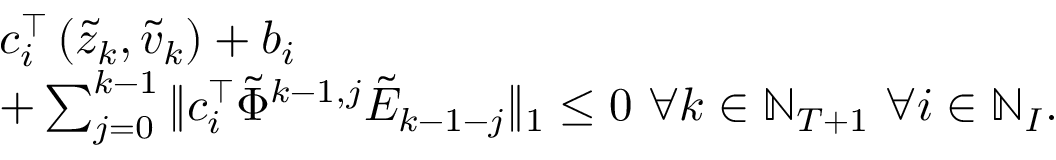
\begin{array} { r l } & { c _ { i } ^ { \top } \left( \tilde { z } _ { k } , \tilde { v } _ { k } \right) + b _ { i } } \\ & { + \sum _ { j = 0 } ^ { k - 1 } \| c _ { i } ^ { \top } \tilde { \Phi } ^ { k - 1 , j } \tilde { E } _ { k - 1 - j } \| _ { 1 } \le 0 ~ \forall k \in \mathbb { N } _ { T + 1 } ~ \forall i \in \mathbb { N } _ { I } . } \end{array}